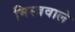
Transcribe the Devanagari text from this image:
मिस्त्रवाले